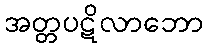
အတ္တပဋိလာဘော